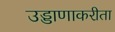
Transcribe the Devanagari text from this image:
उड्डाणाकरीता